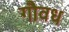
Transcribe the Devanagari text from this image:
गौवध